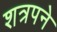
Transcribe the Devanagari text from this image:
शत्रपने